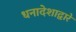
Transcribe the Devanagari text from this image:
धनादेशाद्वारे